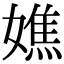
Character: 嫶